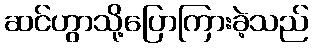
ဆင်ဟွာသို့ပြောကြားခဲ့သည်